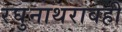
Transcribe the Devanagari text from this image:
रघुनाथरावही